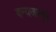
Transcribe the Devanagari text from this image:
वन्यजन्तुएं